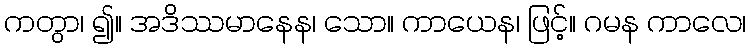
ကတွာ၊ ၍။ အဒိဿမာနေန၊ သော။ ကာယေန၊ ဖြင့်။ ဂမန ကာလေ၊